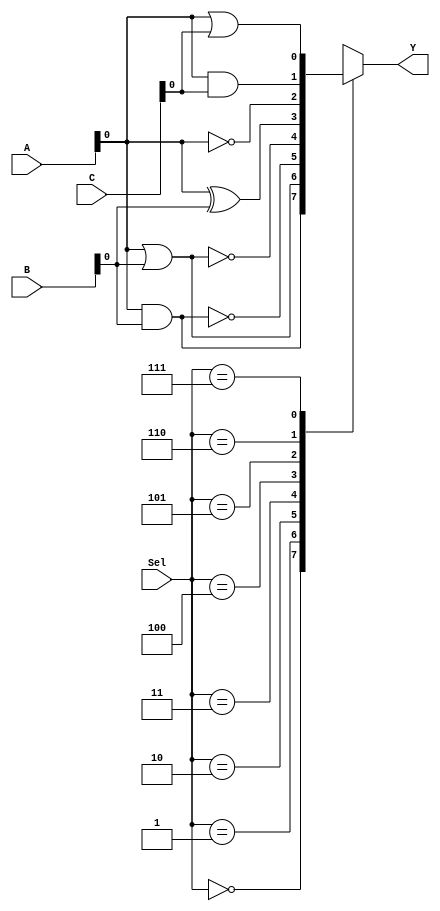
module CLB (
    input wire [2:0] A,       // 3-bit input
    input wire [2:0] B,       // 3-bit input
    input wire [2:0] C,       // 3-bit input
    input wire [2:0] Sel,     // Select signal for functions
    output wire Y             // Output
);

    wire A_and_B, A_or_B, A_nand_B, A_nor_B, A_xor_B, A_not, A_and_C, A_or_C;

    // Basic Logic Gates
    assign A_and_B = A & B;     // AND operation
    assign A_or_B = A | B;      // OR operation
    assign A_nand_B = ~(A & B); // NAND operation
    assign A_nor_B = ~(A | B);  // NOR operation
    assign A_xor_B = A ^ B;     // XOR operation
    assign A_not = ~A;          // NOT operation
    assign A_and_C = A & C;     // AND operation with C
    assign A_or_C = A | C;      // OR operation with C

    // Multiplexer to choose the output function
    always @(*) begin
        case (Sel)
            3'b000: Y = A_and_B;     // Output = A AND B
            3'b001: Y = A_or_B;      // Output = A OR B
            3'b010: Y = A_nand_B;    // Output = A NAND B
            3'b011: Y = A_nor_B;     // Output = A NOR B
            3'b100: Y = A_xor_B;     // Output = A XOR B
            3'b101: Y = A_not;       // Output = NOT A
            3'b110: Y = A_and_C;     // Output = A AND C
            3'b111: Y = A_or_C;      // Output = A OR C
            default: Y = 1'b0;       // Default case
        endcase
    end

endmodule